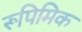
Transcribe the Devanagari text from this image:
रूपिमिक